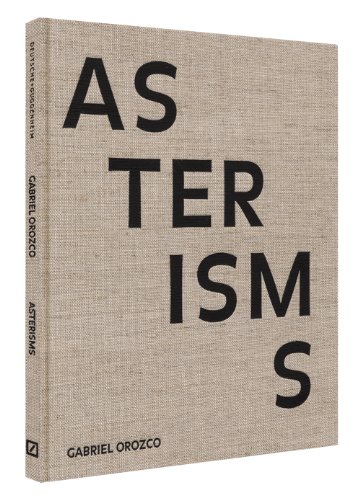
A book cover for Gabriel Orozco: Asterisms; Gabriel Orozco; Arts & Photography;